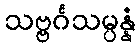
သဗ္ဗင်္ဂသမ္ပန္နံ